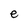
Character: e